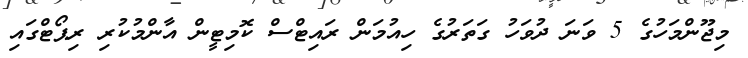
މިޖޫންމަހުގެ 5 ވަނަ ދުވަހު ގަތަރުގެ ހިއުމަން ރައިޓްސް ކޮމިޓީން އާންމުކުރި ރިޕޯޓްގައި